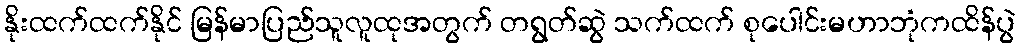
နိုးထက်ထက်နိုင် မြန်မာပြည်သူလူထုအတွက် တရွတ်ဆွဲ သက်ထက် စုပေါင်းမဟာဘုံကထိန်ပွဲ